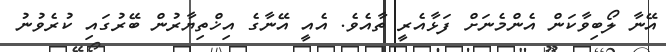
އޭނާ ލޯބިވާކަން އެންމެނަށް ފަޅާއެރީ ތާއެވެ. އެއީ އޭނާގެ އިޚްތިޔާރުން ބޭރުގައި ކުރެވުނު